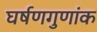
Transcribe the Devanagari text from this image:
घर्षणगुणांक